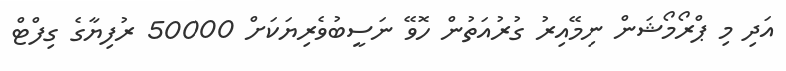
އަދި މި ޕްރޯމޯޝަން ނިމޭއިރު ގުރުއަތުން ހޮވޭ ނަސީބުވެރިޔަކަށް 50000 ރުފިޔާގެ ގިފްޓް